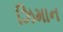
ઝિમાન